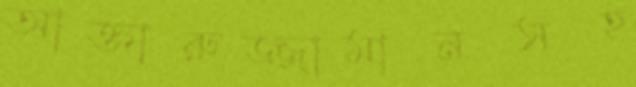
আক্তারুজ্জামানসহ